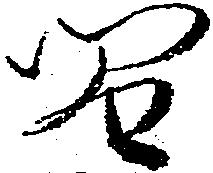
間